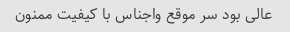
عالی بود سر موقع واجناس با کیفیت ممنون